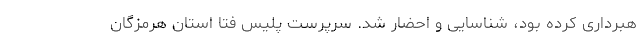
هبرداری کرده بود، شناسایی و احضار شد. سرپرست پلیس فتا استان هرمزگان